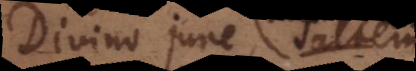
Divino jure (saltem